Vaccination in Burma 1920-1933 - 1920-1933
Year: 1920
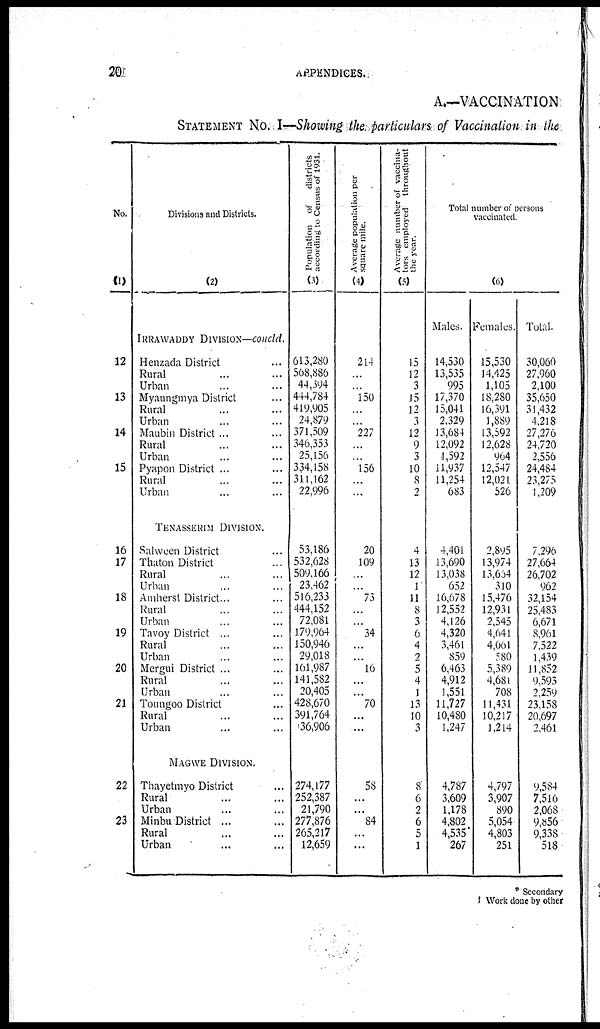
20
APPENDICES..
A.—VACCINATION
STATEMENT No. I—Showing the particulars of Vaccination in the
No.
(1)
12
13
14
15
16
17
18
19
20
21
22
23
Divisions and Districts.
(2)
IRRAWADDY DIVISION—concld.
Henzada District ...
Rural ... ...
Urban ... ...
Myaungmya District ...
Rural ... ...
Urban ... ...
Maubin District ...
Rural ... ...
Urban ... ...
Pyapon District ... ...
Rural ... ...
Urban ... ...
TENASSERIM DIVISION.
Salween District ...
Thaton District ...
Rural ... ...
Urban ... ...
Amherst District... ...
Rural ... ...
Urban ... ...
Tavoy District ... ...
Rural ... ...
Urban ... ...
Mergui District ... ...
Rural ... ...
Urban ... ...
Toungoo District ... ...
Rural ... ...
Urban ... ...
MAGWE DIVISION.
Thayetmyo District ... ...
Rural ... ...
Urban ... ...
Minbu District ... ...
Rural ... ...
Urban ... ...
Popul a t
i
on ofdistricts
according to Ce ns us of 1931.
(3)
613,280
568,886
44,394
444,784
419,905
24,879
371,509
346,353
25,156
334,158
311,162
22,996
53,186
532,628
509,166
23,462
516,233
444,152
72,081
179,964
150,946
29,018
161,987
141,582
20,405
428,670
391,764
36,906
274,177
252,387
21,790
277,876
265,217
12,659
Ave r
a ge p o p u l a t i o n per
s quar e mile.
(4)
214
...
...
150
...
...
227
...
...
156
...
...
20
109
...
...
73
...
...
34
...
...
16
...
...
70
...
...
58
...
...
84
...
...
Average number of vaccina-
tors employed throughout
the year.
(5)
15
12
3
15
12
3
12
9
3
10
8
2
4
13
12
1
11
8
3
6
4
2
5
4
1
13
10
3
8
6
2
6
5
1
Total number of persons
vaccinated.
(6)
Males.
14,530
13,535
995
17,370
15,041
2,329
13,684
12,092
1,592
11,937
11,254
683
4,401
13,690
13,038
652
16,678
12,552
4,126
4,320
3,461
859
6,463
4,912
1,551
11,727
10,480
1,247
4,787
3,609
1,178
4,802
4,535
267
Females.
15,530
14,425
1,105
18,280
16,391
1,889
13,592
12,628
964
12,547
12,021
526
2,895
13,974
13,654
310
15,476
12,931
2,545
4,641
4,061
580
5,389
4,681
708
11,431
10,217
1,214
4,797
3,907
890
5,054
4,803
251
Total.
30,060
27,960
2,100
35,650
31,432
4,218
27,276
24,720
2,556
24,484
23,275
1,209
7,296
27,664
26,702
962
32,154
25,483
6,671
8,961
7,522
1,439
11,852
9,593
2,259
23,158
20,697
2,461
9,584
7,516
2,068
9,856
9,338
518
* Secondary
† Work done by other